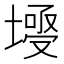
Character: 𡐄